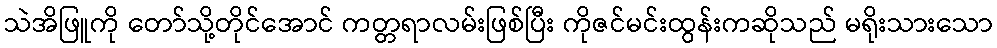
သဲအိဖြူကို တော်သို့တိုင်အောင် ကတ္တရာလမ်းဖြစ်ပြီး ကိုဇင်မင်းထွန်းကဆိုသည် မရိုးသားသော